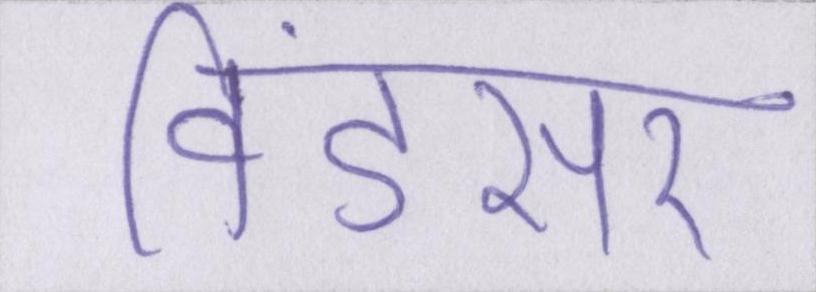
विंडसर